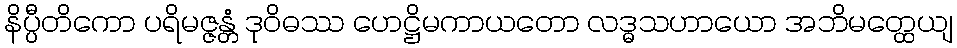
နိပ္ပီတိကော ပရိမဇ္ဇန္တံ ဒုဝိဓဿ ဟေဋ္ဌိမကာယတော လဒ္ဓသဟာယော အဘိမတ္ထေယျ